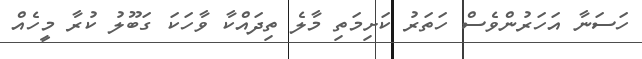
ހަސަނާ އަހަރުންވެސް ހަތަރު ކަށިމަތި މާލެ ތިދައްކާ ވާހަކަ ގަބޫލު ކުރާ މީހެއް